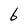
Character: 6